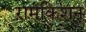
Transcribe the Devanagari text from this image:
ऱामकिशन